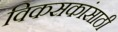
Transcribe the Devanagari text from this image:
विकसकांसाठी